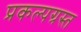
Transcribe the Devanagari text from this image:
प्रकल्पग्रस्त